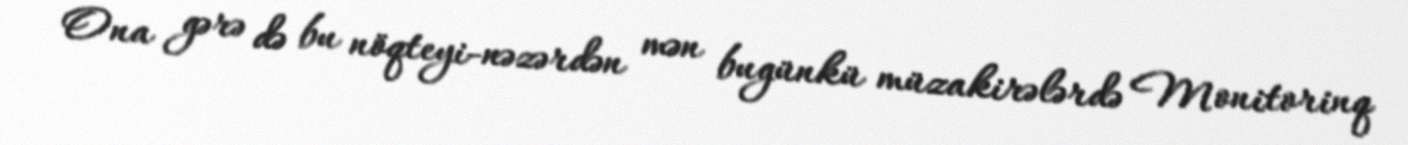
Ona gərə də bu nöqteyi-nəzərdən mən bugünkü müzakirələrdə Monitorinq